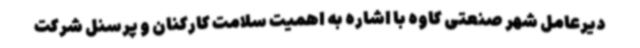
دیرعامل شهر صنعتی کاوه با اشاره به اهمیت سلامت کارکنان و پرسنل شرکت